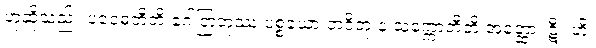
ဟုဆိုသည်။ ပဝေဓတီတိ ဂေါတြဘုဿ ပစ္စယော ဘဝိတုံ န သက္ကောတီတိ အတ္ထော၊ ဋီ။ ဟိ၊